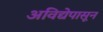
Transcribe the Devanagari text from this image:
अविद्येपासून